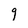
Character: g